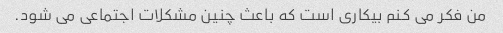
من فکر می کنم بیکاری است که باعث چنین مشکلات اجتماعی می شود.